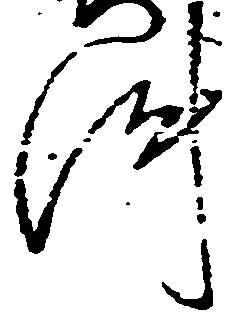
件